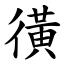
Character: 㣴